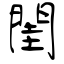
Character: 閨